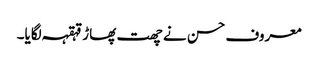
معروف حسن نے چھت پھاڑ قہقہہ لگایا۔